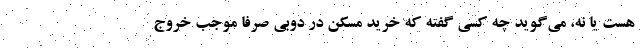
هست یا نه، می‌گوید چه کسی گفته که خرید مسکن در دوبی صرفا موجب خروج